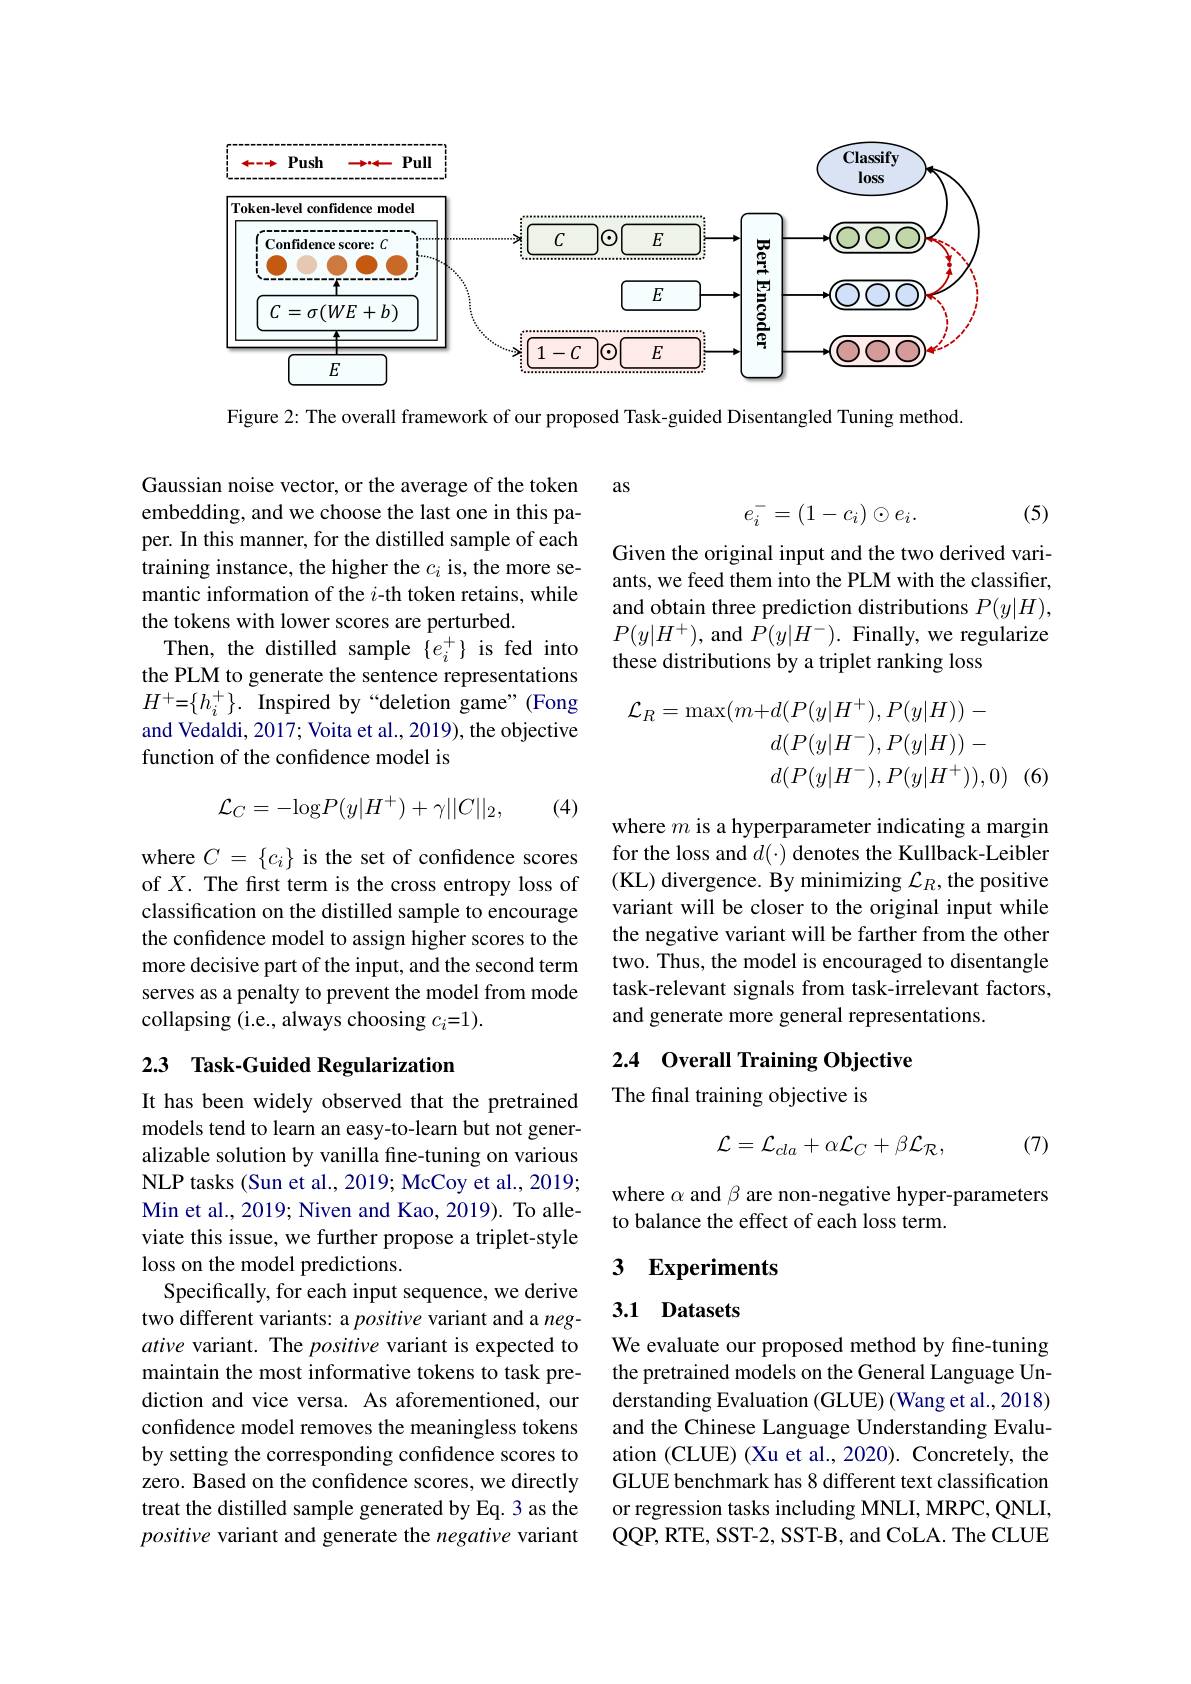
<FigureHere>

Figure 2: The overall framework of our proposed Task-guided Disentangled Tuning method.

as
$$e_i^-=(1-c_i)\odot e_i.$$
(5)

Given the original input and the two derived variants, we feed them into the PLM with the classifier, and obtain three prediction distributions $P(y|H)$, $P(y|H^+)$, and $P(y|H^-).$ Finally, we regularize these distributions by a triplet ranking loss

Gaussian noise vector, or the average of the token embedding, and we choose the last one in this paper. In this manner, for the distilled sample of each training instance, the higher the $c_i$ is, the more semantic information of the $i$-th token retains, while the tokens with lower scores are perturbed.
Then, the distilled sample $\{e_i^+\}$ is fed into the PLM to generate the sentence representations $H^{+}=\{h_{i}^{+}\}.$ Inspired by“deletion game”(Fong and Vedaldi, 2017; Voita et al., 2019), the objective function of the confidence model is
$$\begin{aligned}\mathcal{L}_{R}=\max(m+d(P(y|H^{+}),P(y|H))-\\&d(P(y|H^{-}),P(y|H))-\\&d(P(y|H^{-}),P(y|H^{+})),0)\end{aligned}$$
(6.
$$\mathcal{L}_C=-\mathrm{log}P(y|H^+)+\gamma||C||_2,$$
(4)

where $m$ is a hyperparameter indicating a margin for the loss and $d(\cdot)$ denotes the Kullback-Leibler (KL) divergence. By minimizing $\mathcal{L}_R$, the positive variant will be closer to the original input while the negative variant will be farther from the other two. Thus, the model is encouraged to disentangle task-relevant signals from task-irrelevant factors, and generate more general representations.

where $C=\{c_{i}\}$ is the set of confidence scores of $X.$ The frst term is the cross entropy loss of classification on the distilled sample to encourage the confidence model to assign higher scores to the more decisive part of the input, and the second term serves as a penalty to prevent the model from mode collapsing (i.e., always choosing $c_i=1).$

## 2.3 Task-Guided Regularization

## 2.4 Overall Training Objective The final training objective is
$$\mathcal{L}=\mathcal{L}_{cla}+\alpha\mathcal{L}_{C}+\beta\mathcal{L}_{\mathcal{R}},$$
(7)

where $\alpha$ and $\beta$ are non-negative hyper-parameters
to balance the effect of each loss term.

## 3 Experiments

## 3.1 Datasets

It has been widely observed that the pretrained models tend to learn an easy-to-learn but not generalizable solution by vanilla fine-tuning on various NLP tasks (Sun et al., 2019; McCoy et al., 2019; Min et al., 2019; Niven and Kao, 2019). To alleviate this issue, we further propose a triplet-style loss on the model predictions.
Specifically, for each input sequence, we derive two different variants: a positive variant and a negative variant. The positive variant is expected to maintain the most informative tokens to task prediction and vice versa. As aforementioned, our confdence model removes the meaningless tokens by setting the corresponding confidence scores to zero. Based on the confidence scores, we directly treat the distilled sample generated by Eq. 3 as the positive variant and generate the negative variant

We evaluate our proposed method by fine-tuning the pretrained models on the General Language Understanding Evaluation (GLUE) (Wang et al., 2018) and the Chinese Language Understanding Evaluation (CLUE) (Xu et al., 2020). Concretely, the GLUE benchmark has 8 different text classification or regression tasks including MNLI, MRPC, QNLI QQP, RTE, SST- 2, SST- B, and CoLA. The CLUE